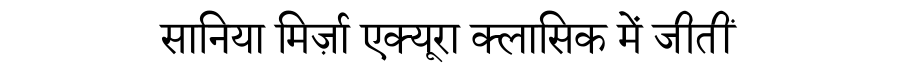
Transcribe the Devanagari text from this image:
सानिया मिर्ज़ा एक्यूरा क्लासिक में जीतीं